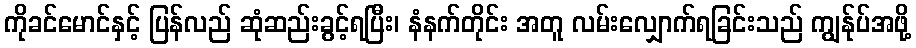
ကိုခင်မောင်နှင့် ပြန်လည် ဆုံဆည်းခွင့်ရပြီး၊ နံနက်တိုင်း အတူ လမ်းလျှောက်ရခြင်းသည် ကျွန်ုပ်အဖို့